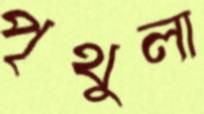
পৃথুলা